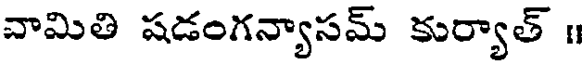
వామితి షడంగన్యాసమ్ కుర్యాత్